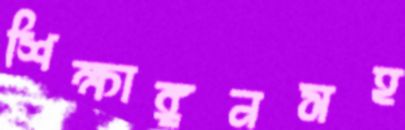
শিক্ষাঙ্গনসহ